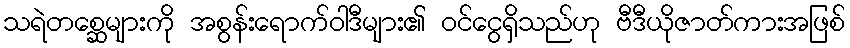
သရဲတစ္ဆေများကို အစွန်းရောက်ဝါဒီများ၏ ဝင်ငွေရှိသည်ဟု ဗီဒီယိုဇာတ်ကားအဖြစ်